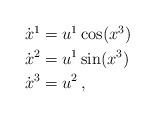
LaTeX: \begin{align*}\begin{aligned}\dot{x}^{1} & =u^{1}\cos(x^{3})\\\dot{x}^{2} & =u^{1}\sin(x^{3})\\\dot{x}^{3} & =u^{2}\,,\end{aligned}\end{align*}